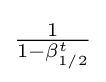
{\tfrac {1}{1-\beta _{1/2}^{t}}}